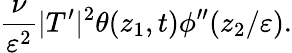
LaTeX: \frac{\nu}{\varepsilon^{2}}|T^{\prime}|^{2}\theta(z_{1},t)\phi^{\prime\prime}(z_{2}/\varepsilon).